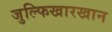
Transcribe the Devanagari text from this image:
जुल्फिखारखान